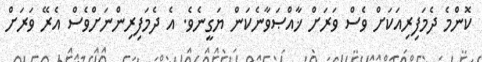
ކޮންމެ ދެމަފިރިއަކަށް ވެސް ވަރަށް ޚާއްޞަވާނެކަން ޔަގީނެވެ. އެ ދެމަފިރިންނަށްވެސް އެރޭ ވަރަށް